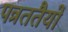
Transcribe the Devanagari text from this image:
पत्रततैयों